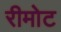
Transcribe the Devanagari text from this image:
रीमोट